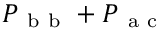
P _ { \mathrm { ~ b ~ b ~ } } + P _ { \mathrm { ~ a ~ c ~ } }